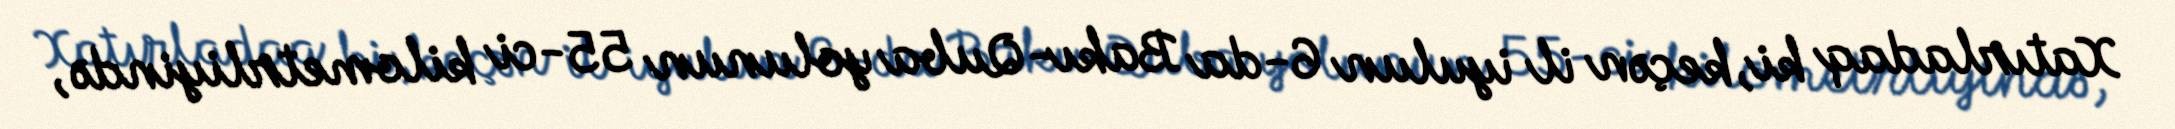
Xatırladaq ki, keçən il iyulun 6-da Bakı-Quba yolunun 55-ci kilometrliyində,